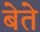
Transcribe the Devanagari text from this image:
बेते